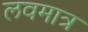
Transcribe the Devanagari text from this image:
लवमात्र